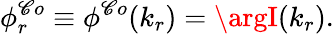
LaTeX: \phi_{r}^{\mathscr{C}o}\equiv\phi^{\mathscr{C}o}(k_{r})=\argI(k_{r}).